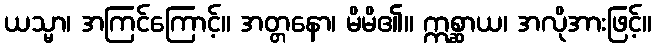
ယသ္မာ၊ အကြင်ကြောင့်။ အတ္တနော၊ မိမိ၏။ ဣစ္ဆာယ၊ အလိုအားဖြင့်။